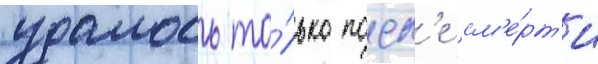
удалось то́лько посл'е см'е́рт'и